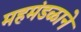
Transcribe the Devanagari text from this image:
महमंडळाने